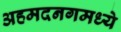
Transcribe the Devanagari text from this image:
अहमदनगमध्ये